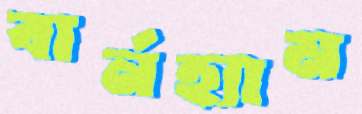
বার্নহ্যাম